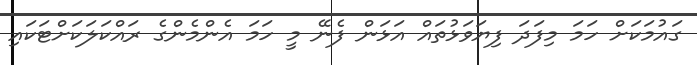
ގައުމަކަށް ހަމަ މިފަދަ ފިޔަވަޅުތައް އަޅަން ފެނޭ މީ ހަމަ އެންމެންގެ ރައްކަލަކަށްޓަކައި